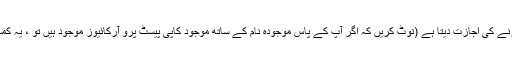
- ترجیحات میں ایک نیا بٹن کاپی پیسٹ x سے کلپ سیٹس کو درآمد کرنے کی اجازت دیتا ہے (نوٹ کریں کہ اگر آپ کے پاس موجودہ نام کے ساتھ موجود کاپی پیسٹ پرو آرکائیوز موجود ہیں تو ، یہ کمانڈ ان آرکائیوز میں موجود کلپس کو مؤثر طریقے سے تبدیل کردے گا۔